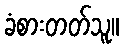
ခံစားတတ်သူ။